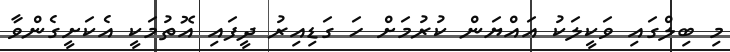
މި ބިލްގައި ވަކީލަކު އައްޔަން ކުރުމަށް ހަ ގަޑިއިރު ދީފައި އޮތުމަކީ އެކަށީގެންވާ